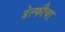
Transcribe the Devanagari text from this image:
डेल्फीचा